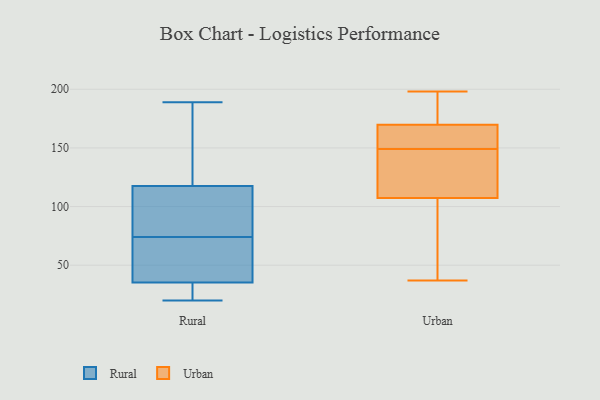
{"axis": {"x": "Operating Costs (USD K)", "y": "Value"}, "legend": ["Rural", "Urban"], "data": [{"x": "", "y": 33, "type": "Rural"}, {"x": "", "y": 116, "type": "Rural"}, {"x": "", "y": 28, "type": "Rural"}, {"x": "", "y": 122, "type": "Rural"}, {"x": "", "y": 107, "type": "Rural"}, {"x": "", "y": 129, "type": "Rural"}, {"x": "", "y": 189, "type": "Rural"}, {"x": "", "y": 36, "type": "Rural"}, {"x": "", "y": 51, "type": "Rural"}, {"x": "", "y": 74, "type": "Rural"}, {"x": "", "y": 112, "type": "Rural"}, {"x": "", "y": 23, "type": "Rural"}, {"x": "", "y": 115, "type": "Rural"}, {"x": "", "y": 176, "type": "Rural"}, {"x": "", "y": 20, "type": "Rural"}, {"x": "", "y": 67, "type": "Rural"}, {"x": "", "y": 71, "type": "Rural"}, {"x": "", "y": 178, "type": "Urban"}, {"x": "", "y": 153, "type": "Urban"}, {"x": "", "y": 155, "type": "Urban"}, {"x": "", "y": 197, "type": "Urban"}, {"x": "", "y": 194, "type": "Urban"}, {"x": "", "y": 198, "type": "Urban"}, {"x": "", "y": 118, "type": "Urban"}, {"x": "", "y": 99, "type": "Urban"}, {"x": "", "y": 127, "type": "Urban"}, {"x": "", "y": 63, "type": "Urban"}, {"x": "", "y": 134, "type": "Urban"}, {"x": "", "y": 155, "type": "Urban"}, {"x": "", "y": 149, "type": "Urban"}, {"x": "", "y": 39, "type": "Urban"}, {"x": "", "y": 110, "type": "Urban"}, {"x": "", "y": 37, "type": "Urban"}, {"x": "", "y": 167, "type": "Urban"}]}